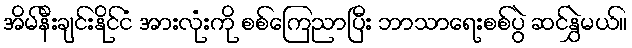
အိမ်နီးချင်းနိုင်ငံ အားလုံးကို စစ်ကြေညာပြီး ဘာသာရေးစစ်ပွဲ ဆင်နွှဲမယ်။